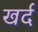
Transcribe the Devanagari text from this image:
खर्द